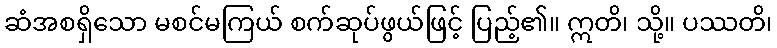
ဆံအစရှိသော မစင်မကြယ် စက်ဆုပ်ဖွယ်ဖြင့် ပြည့်၏။ ဣတိ၊ သို့။ ပဿတိ၊